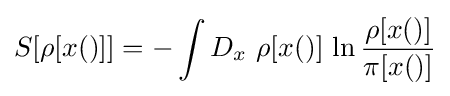
S[\rho [x()]]=-\int D_{x}\,\,\rho [x()]\,\ln {\rho [x()] \over \pi [x()]}